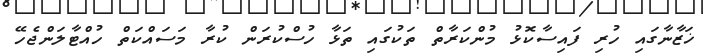
ޚަޒާނާގައި ހުރި ފައިސާކޮޅު މުންކަރާތް ތަކުގައި ތަޅާ ހުސްކުރަން ކުރާ މަސައްކަތް ހުއްޓާލަންޖެހޭ